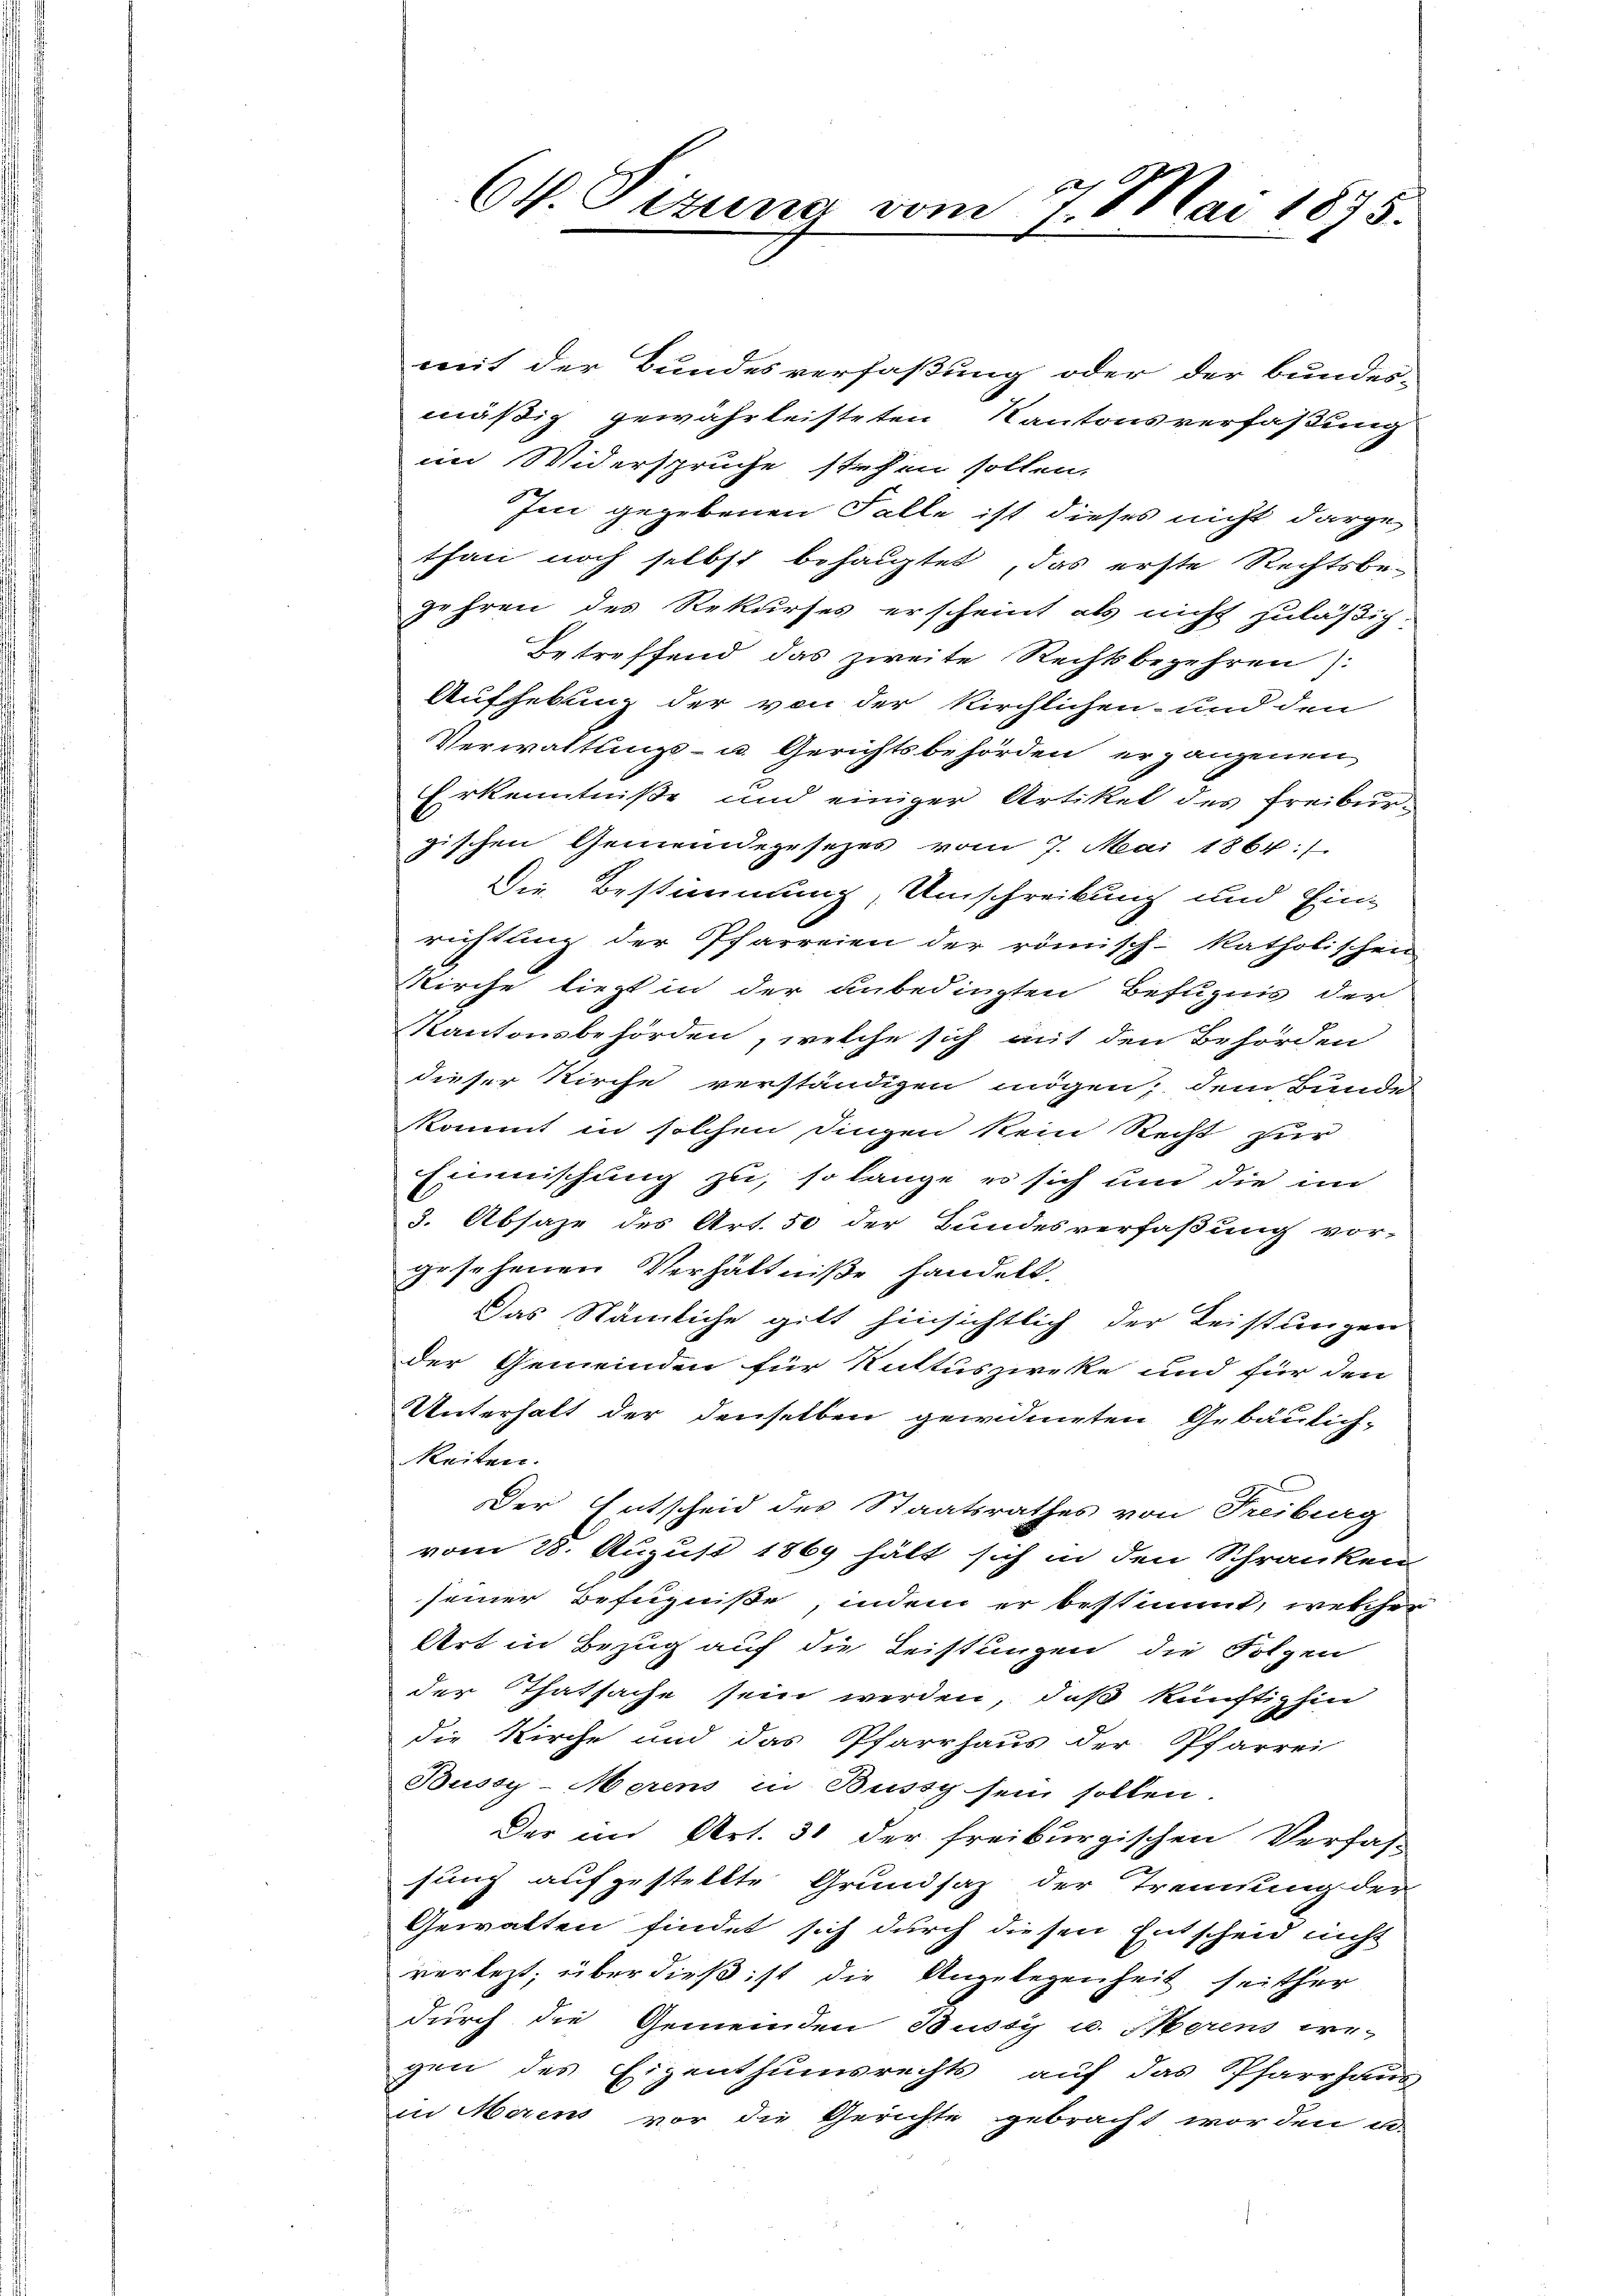
mit der Bundesverfaßung oder der bundes-
mäßig gewährleisteten Kantonsverfaßung
im Widerspruche stehen sollen.
Im gegebenen Falle ist dieses nicht darge
than noch selbst behauptet, das erste Rechtsbe-
Jahren des Rekurses erscheint als nicht zuläßig
Betreffend das zweite Rechtsbegehren):
Aufhebung der von der Kirchlichen- und den
Verwaltungs- u. Gerichtsbehörden ergangenen
Erkenntniße und einiger Artikel des Freiburzischen Gemeindegesezes vom 7. Mai 1864.
Die Bestimmung, Umschreibung und Ein-
richtling der Pfarreien der römisch-katholischen
Kirche liegt in der unbedingten Befugnis der
Kantonsbehörden, welche sich auf den Behörden
dieser Kirche verständigen mögen; dem Bunde
kommt in solchen Dingen kein Recht zur
Einmischung zu, so lange es sich und die im
3. Absage des Art. 50 der Bundesverfaßung vor-
gesehenen Verhältniße handelt.
Das Nämliche gilt hinsichtlich der Leistungen
der Gemeinden für Rattuszwecke und für den
Unterhalt der denselben gewidmeten Gebäulichkeiten.
Der Entscheid des Staatsrathes von Freiburg
vom 28. August 1869 hält sich in den Schranken
seiner Befugniße, indem er bestimmt, welcher
Art in Bezug auf die Leistungen die Folgen
der Thatsache sein werden, daß künftighin
die Kirche und das Pfarrhaus der Pfarrei
Bussy-Merens in Bussy sein sollen.
Der im Art. 30 der freiburgischen Verfas-
sung aufgestellte Grundsaz der Trennung der
Gewalten findet sich durch diesen Entscheid nicht
verletzt, über dieß ist die Angelegenheit seither
durch die Gemeinden Bussy u. Merins we-
gen des Eigenthumsrechts auf das Pfarrhaus
in Morens vor die Gerichte gebracht worden u.

Ck. Pizuna vom 7 Mai 1875.
x